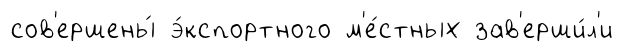
сов'ершены́ э́кспортного м'е́стных зав'ерши́л'и